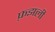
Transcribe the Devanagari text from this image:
फ़झली